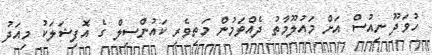
ހުވަދޫ ނިއުސް އަށް މައުލޫމާތު ދެއްވަމުން މަތިވެރި ކައުންސިލް ގެ އޮފިޝަލަކު މިއަދު